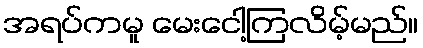
အရပ်ကမူ မေးငေါ့ကြလိမ့်မည်။